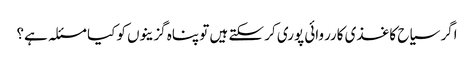
اگر سیاح کاغذی کارروائی پوری کر سکتے ہیں تو پناہ گزینوں کو کیا مسئلہ ہے؟